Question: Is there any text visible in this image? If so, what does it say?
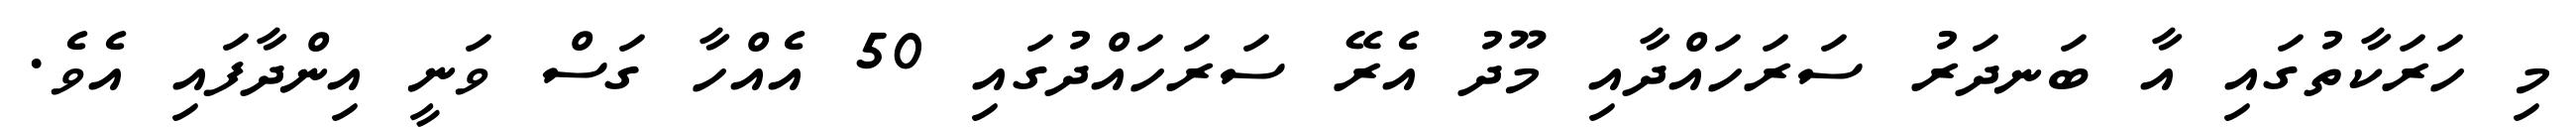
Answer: މި ހަރަކާތުގައި އާ ބަނދަރު ސަރަހައްދާއި މޫދު އެރޭ ސަރަހައްދުގައި 50 އެއްހާ ގަސް ވަނީ އިންދާފައި އެވެ.